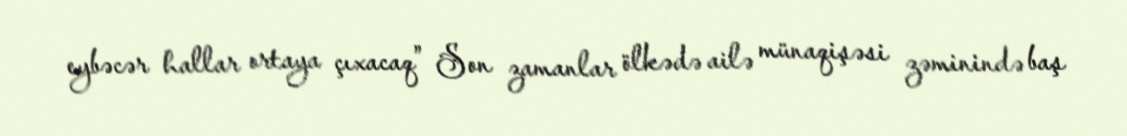
eybəcər hallar ortaya çıxacaq” Son zamanlar ölkədə ailə münaqişəsi zəminində baş